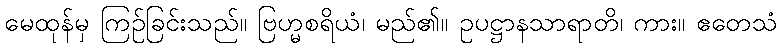
မေထုန်မှ ကြဉ်ခြင်းသည်။ ဗြဟ္မစရိယံ၊ မည်၏။ ဥပဋ္ဌာနသာရာတိ၊ ကား။ ဧတေသံ